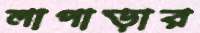
লাপাড়ার